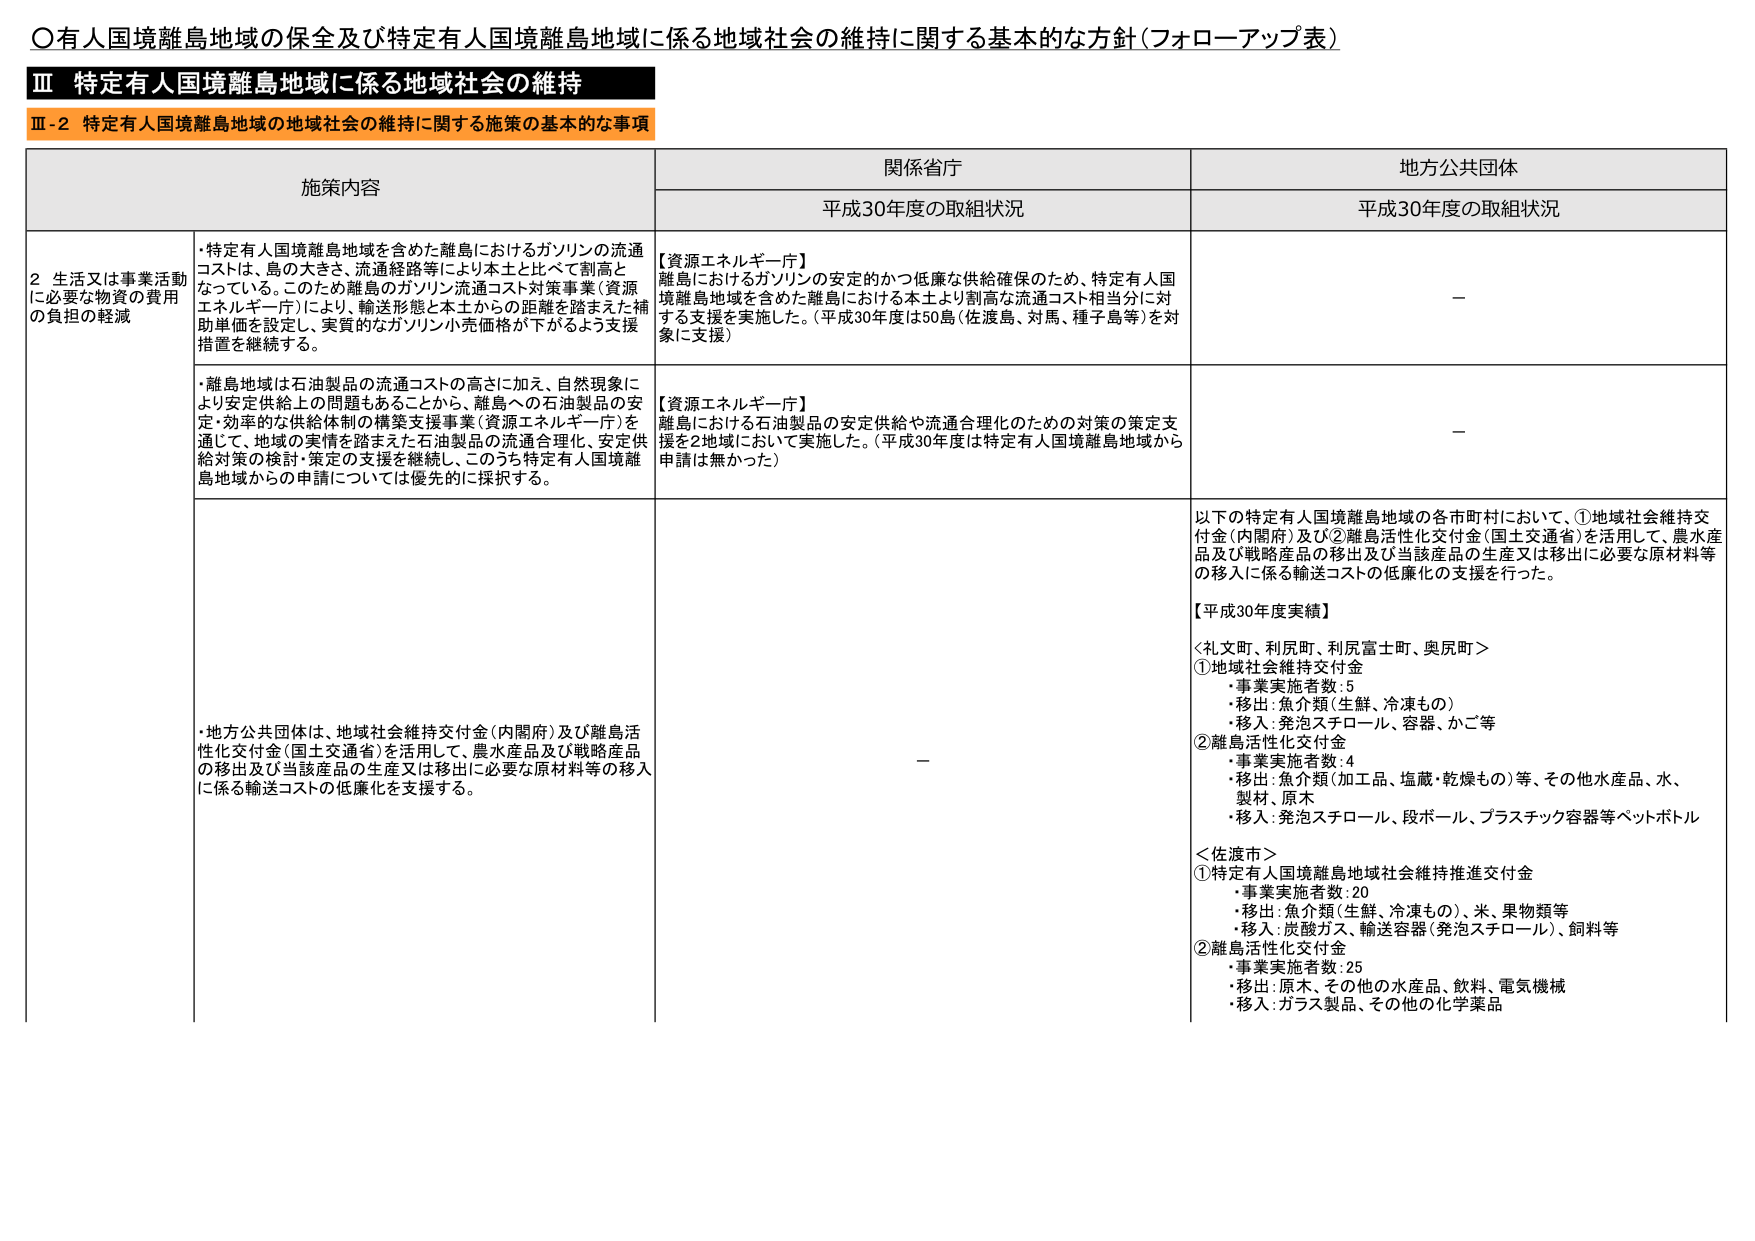
〇有人国境離島地域の保全及び特定有人国境離島地域に係る地域社会の維持に関する基本的な方針（フォローアップ表）

Ⅲ 特定有人国境離島地域に係る地域社会の維持

Ⅲ-2 特定有人国境離島地域の地域社会の維持に関する施策の基本的な事項

施策内容 関係省庁 地方公共団体
平成30年度の取組状況 平成30年度の取組状況

2 生活又は事業活動に必要な物資の費用の負担の軽減
・特定有人国境離島地域を含めた離島におけるガソリンの流通コストは、島の大きさ、流通経路等により本土と比べて割高となっている。このため離島のガソリン流通コスト対策事業（資源エネルギー庁）により、輸送形態と本土からの距離を踏まえた補助単価を設定し、実質的なガソリン小売価格が下がるよう支援措置を継続する。
【資源エネルギー庁】
離島におけるガソリンの安定的かつ低廉な供給確保のため、特定有人国境離島地域を含めた離島における本土より割高な流通コスト相当分に対する支援を実施した。（平成30年度は50島（佐渡島、対馬、種子島等）を対象に支援）
－

・離島地域は石油製品の流通コストの高さに加え、自然現象により安定供給上の問題もあることから、離島への石油製品の安定・効率的な供給体制の構築支援事業（資源エネルギー庁）を通じて、地域の実情を踏まえた石油製品の流通合理化、安定供給対策の検討・策定の支援を継続し、このうち特定有人国境離島地域からの申請については優先的に採択する。
【資源エネルギー庁】
離島における石油製品の安定供給や流通合理化のための対策の策定支援を2地域において実施した。（平成30年度は特定有人国境離島地域から申請は無かった）
－

・地方公共団体は、地域社会維持交付金（内閣府）及び離島活性化交付金（国土交通省）を活用して、農水産品及び戦略産品の移出及び当該産品の生産又は移出に必要な原材料等の移入に係る輸送コストの低廉化を支援する。
－
以下の特定有人国境離島地域の各市町村において、①地域社会維持交付金（内閣府）及び②離島活性化交付金（国土交通省）を活用して、農水産品及び戦略産品の移出及び当該産品の生産又は移出に必要な原材料等の移入に係る輸送コストの低廉化の支援を行った。

【平成30年度実績】

＜礼文町、利尻町、利尻富士町、奥尻町＞
①地域社会維持交付金
・事業実施者数：5
・移出：魚介類（生鮮、冷凍もの）
・移入：発泡スチロール、容器、かご等

②離島活性化交付金
・事業実施者数：4
・移出：魚介類（加工品、塩蔵・乾燥もの）等、その他水産品、水、製材、原木
・移入：発泡スチロール、段ボール、プラスチック容器等ペットボトル

＜佐渡市＞
①特定有人国境離島地域社会維持推進交付金
・事業実施者数：20
・移出：魚介類（生鮮、冷凍もの）、米、果物類等
・移入：炭酸ガス、輸送容器（発泡スチロール）、飼料等

②離島活性化交付金
・事業実施者数：25
・移出：原木、その他の水産品、飲料、電気機械
・移入：ガラス製品、その他の化学薬品